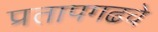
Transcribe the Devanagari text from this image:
प्रतापगढचे